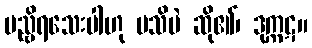
မည္ဗိရသေးပါဟု မသိပဲ ဆို၏၊ ဒုက္ကဋ။